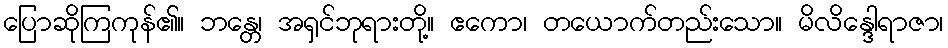
ပြောဆိုကြကုန်၏။ ဘန္တေ၊ အရှင်ဘုရားတို့။ ဧကော၊ တယောက်တည်းသော။ မိလိန္ဒေါရာဇာ၊